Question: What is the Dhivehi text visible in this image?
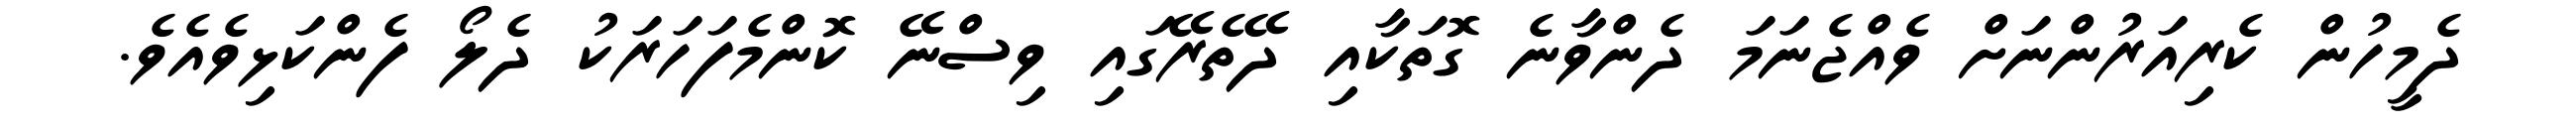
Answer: ދެމީހުން ކެރިއަރުންނަށް ވެއްޖެނަމަ ދެންވާނެ ގޮތަކާއި ދޭތެރޭގައި ވިސްނޭ ކޮންމެފަހަރަކު ދެލޯ ފެންކަޅިވެއެވެ.